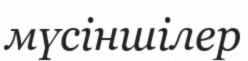
мүсіншілер